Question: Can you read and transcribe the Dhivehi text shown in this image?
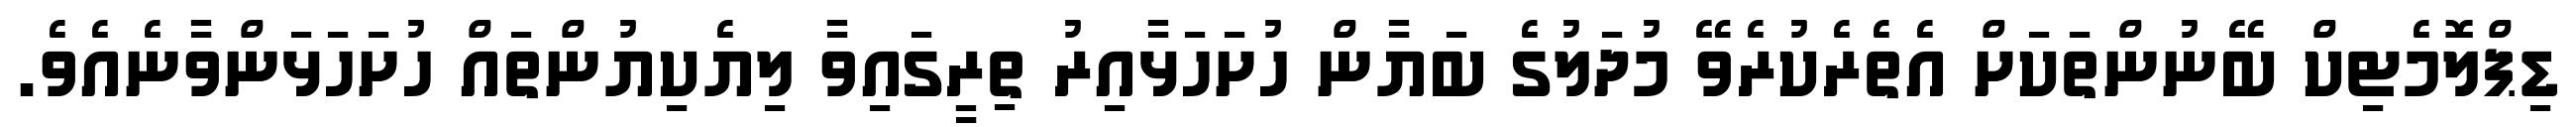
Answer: ޑިޕްލޮމެޓިކް ބޭނުންތަކަށް އެތެރެކުރެވޭ މުދަލުގެ ބަޔާން ހުށަހަޅާއިރު ތިރީގައިވާ ލިޔެކިޔުންތައް ހުށަހަޅަންވާނެއެވެ.